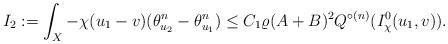
LaTeX: \begin{align*}I_2:=\int_X -\chi (u_1-v) (\theta_{u_2}^n- \theta_{u_1}^n) \le C_1\varrho (A+B)^2 Q^{\circ (n)}(I^0_\chi(u_1, v)).\end{align*}